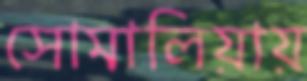
সোমালিয়ায়